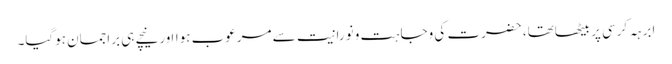
ابرہہ کرسی پر بیٹھاتھا، حضرت کی وجاہت و نورانیت سے مرعوب ہوااورنیچے ہی براجمان ہوگیا۔